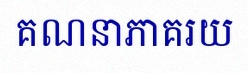
គណនាភាគរយ